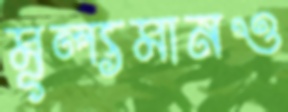
মূল্যমানও